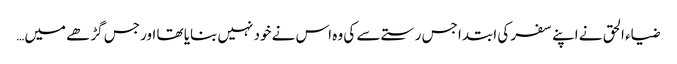
ضیاء الحق نے اپنے سفر کی ابتدا جس رستے سے کی وہ اس نے خود نہیں بنایا تھا اور جس گڑھے میں…